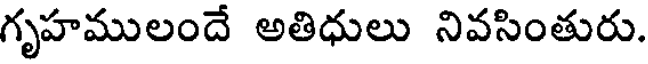
గృహములందే అతిధులు నివసింతురు.